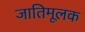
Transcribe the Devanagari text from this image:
जातिमूलक